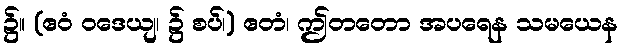
၌။ (ဧဝံ ဝဒေယျ၊ ၌ စပ်၊) ဧတံ၊ ဤတတော အပရေန သမယေန